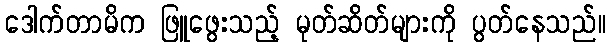
ဒေါက်တာမိက ဖြူဖွေးသည့် မုတ်ဆိတ်များကို ပွတ်နေသည်။